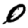
Digit: 0